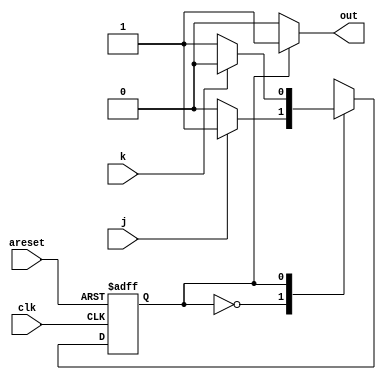
module top_module(
    input clk,
    input areset,    // Asynchronous reset to OFF
    input j,
    input k,
    output out); //  

    localparam OFF=1'b0, ON=1'b1; 
    reg state, next_state;

    always @(*) begin
        // State transition logic
        case(state)
            OFF: next_state = (j)?ON:OFF;
            ON: next_state = (k)?OFF:ON;
        endcase
    end

    always @(posedge clk, posedge areset) begin
        // State flip-flops with asynchronous reset
        if(areset) begin
            state <= OFF;
        end else begin
            state <= next_state;
        end
    end

    // Output logic
    assign out = (state == OFF)?1'b0:1'b1;

endmodule